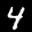
Label: 4